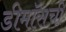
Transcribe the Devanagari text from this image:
डीमॉसची